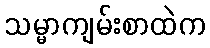
သမ္မာကျမ်းစာထဲက